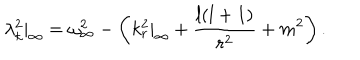
LaTeX: \lambda _ { k } ^ { 2 } | _ { \infty } = \omega _ { \infty } ^ { 2 } - \left( k _ { r } ^ { 2 } | _ { \infty } + { \frac { l ( l + 1 ) } { r ^ { 2 } } } + m ^ { 2 } \right) .